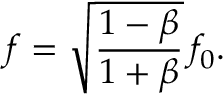
f = { \sqrt { \frac { 1 - \beta } { 1 + \beta } } } \, f _ { 0 } .